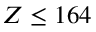
Z \leq 1 6 4